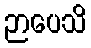
ဉာပေသိ